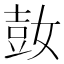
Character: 𰌌